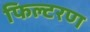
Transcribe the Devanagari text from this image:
फिल्टरण